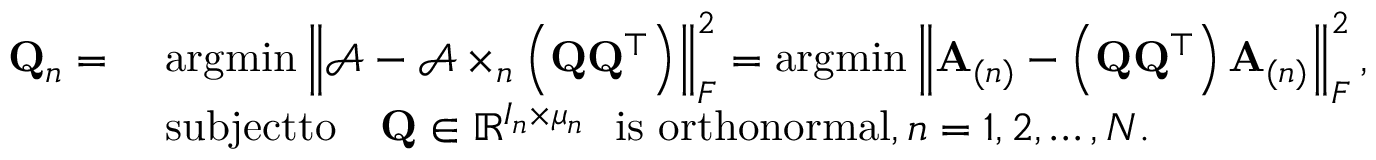
\begin{array} { r l } { \mathbf { Q } _ { n } = } & { \ \mathrm { a r g m i n } \left\| \mathcal { A } - \mathcal { A } \times _ { n } \left( { \bf Q } { \bf Q } ^ { \top } \right) \right\| _ { F } ^ { 2 } = \mathrm { a r g m i n } \left\| \mathbf { A } _ { ( n ) } - \left( { \bf Q } { \bf Q } ^ { \top } \right) \mathbf { A } _ { ( n ) } \right\| _ { F } ^ { 2 } , } \\ & { \ \mathrm { s u b j e c t t o } \quad \mathbf { Q } \in \mathbb { R } ^ { I _ { n } \times \mu _ { n } } \ \mathrm { ~ i s ~ o r t h o n o r m a l } , n = 1 , 2 , \dots , N . } \end{array}